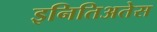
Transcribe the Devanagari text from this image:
इनितिअतेस